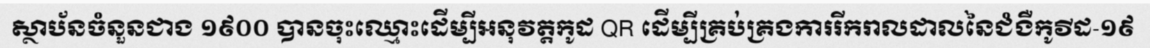
ស្ថាប័នចំនួនជាង ១៩០០ បានចុះឈ្មោះដើម្បីអនុវត្តកូដ QR ដើម្បីគ្រប់គ្រងការរីករាលដាលនៃជំងឺកូវីដ-១៩